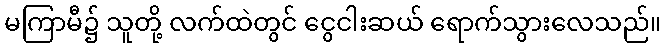
မကြာမီ၌ သူတို့ လက်ထဲတွင် ငွေငါးဆယ် ရောက်သွားလေသည်။